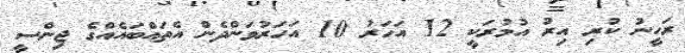
ރަހީނު ކުރި އިރު އުމުރަކީ 12 އަހަރު 10 އަހަރުވަންދެން އެތައްބައެއްގެ ޖިންސީ